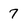
Character: 7